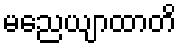
မညေယျာထာတိ